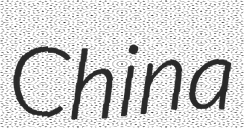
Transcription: China